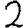
Digit: 2